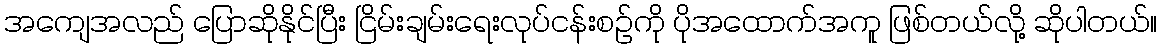
အကျေအလည် ပြောဆိုနိုင်ပြီး ငြိမ်းချမ်းရေးလုပ်ငန်းစဉ်ကို ပိုအထောက်အကူ ဖြစ်တယ်လို့ ဆိုပါတယ်။